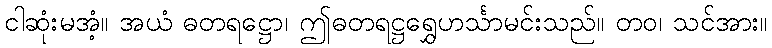
ငါဆုံးမအံ့။ အယံ ဓတရဋ္ဌော၊ ဤဓတရဋ္ဌရွှေဟင်္သာမင်းသည်။ တဝ၊ သင်အား။